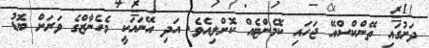
ދަށުގައި ތޭންކްސްއޭ ޖަހައި ކޮމެންޓެއް ކޮށްލިއެވެ. އަދި އޭނައަކީ މެހެނާޒްގެ ވަރަށް ބޮޑު